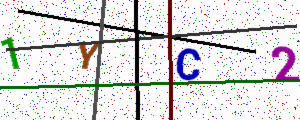
Text: 1YC2